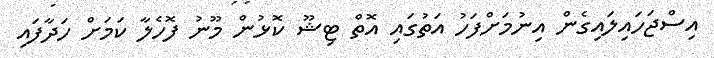
އިސްޖަހައިލައިގެން އިނުމަށްފަހު އަތުގައި އޮތް ޓިޝޫ ކޮޅުން މޫނު ފޮހެލާ ކަމަށް ހަދާފައި